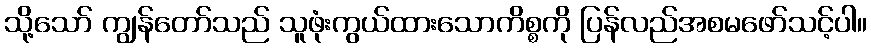
သို့သော် ကျွန်တော်သည် သူဖုံးကွယ်ထားသောကိစ္စကို ပြန်လည်အစမဖော်သင့်ပါ။